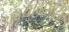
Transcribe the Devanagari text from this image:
अवयावासाठी